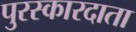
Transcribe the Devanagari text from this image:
पुरस्कारदाता